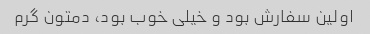
اولین سفارش بود و خیلی خوب بود، دمتون گرم